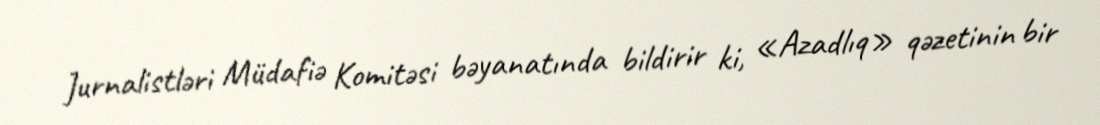
Jurnalistləri Müdafiə Komitəsi bəyanatında bildirir ki, «Azadlıq» qəzetinin bir